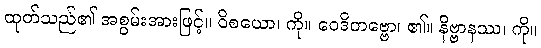
ထုတ်သည်၏ အစွမ်းအားဖြင့်။ ဝိစယော၊ ကို။ ဝေဒိတဗ္ဗော၊ ၏။ နိဗ္ဗာနဿ၊ ကို။